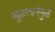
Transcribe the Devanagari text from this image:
व्युहरचनेमुळे